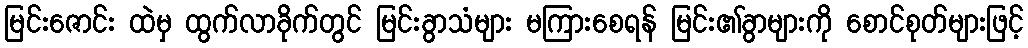
မြင်းဇောင်း ထဲမှ ထွက်လာခိုက်တွင် မြင်းခွာသံများ မကြားစေရန် မြင်း၏ခွာများကို စောင်စုတ်များဖြင့်